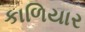
કાળિયાર